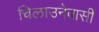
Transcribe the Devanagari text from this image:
चिलाउनेबासी